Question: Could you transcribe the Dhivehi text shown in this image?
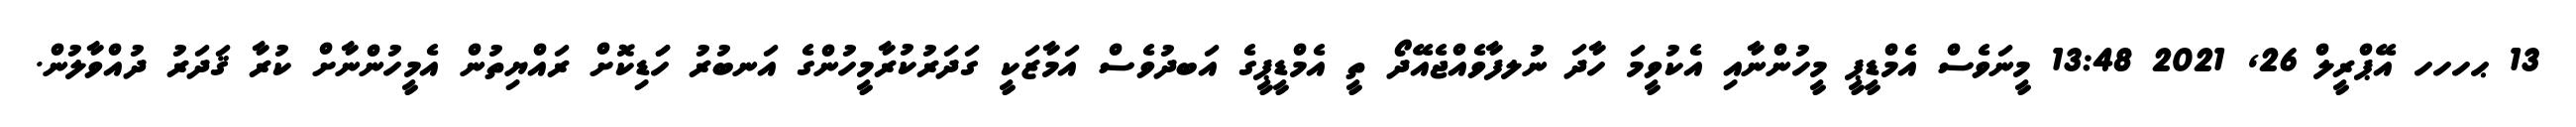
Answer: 13 ޙހހހ އޭޕްރީލް 26, 2021 13:48 މީނަވެސް އެމްޑީޕީ މީހުންނާއި އެކުވީމަ ހާދަ ނުލފާވެއްޖެއޭދޯ ތީ އެމްޑީޕީގެ އަބދުވެސް އަމާޒަކީ ގަދަރުކުރާމީހުންގެ އަނބުރު ހަަޑިކޮށް ރައްޔިތުން އެމީހުންނާށް ކުރާ ޤަދަރު ދުއްވާލުން.